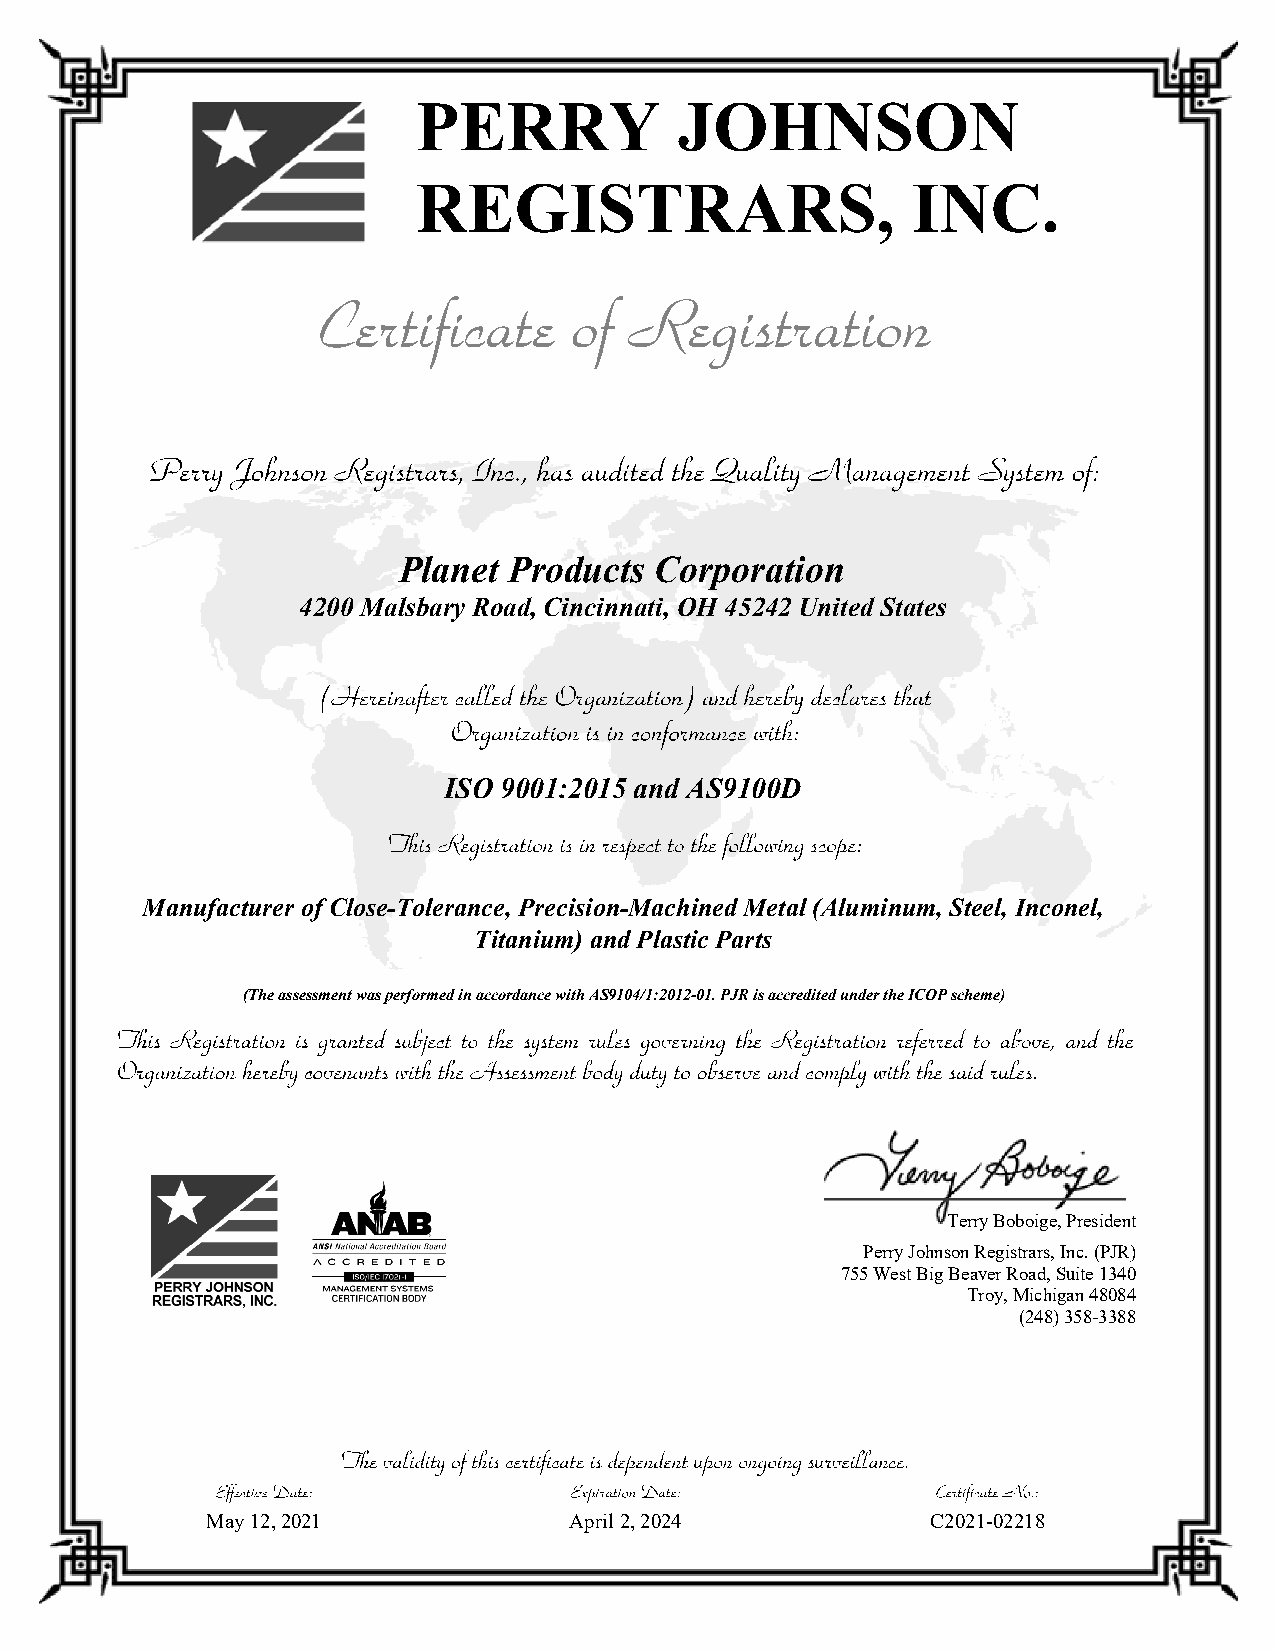
PERRY            JOHNSON
 REGISTRARS,                     INC.
 Planet  Products Corporation
 4200 Malsbary Road, Cincinnati, OH 45242 United States
 ISO 9001:2015 and AS9100D
 Manufacturer of Close-Tolerance, Precision-Machined Metal (Aluminum, Steel, Inconel,
 Titanium) and Plastic Parts
 (The assessment was performed in accordance with AS9104/1:2012-01. PJR is accredited under the ICOP scheme)
 Terry Boboige, President
 Perry Johnson Registrars, Inc. (PJR)
 755 West Big Beaver Road, Suite 1340
 Troy, Michigan 48084
 (248) 358-3388
 May 12, 2021            April 2, 2024           C2021-02218